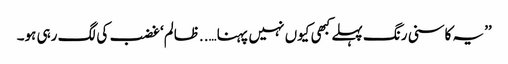
’’یہ کاسنی رنگ پہلے کبھی کیوں نہیں پہنا…..ظالم‘ غضب کی لگ رہی ہو۔